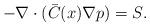
LaTeX: \begin{align*} - \nabla \cdot (\bar{C}(x) \nabla p) = S.\end{align*}